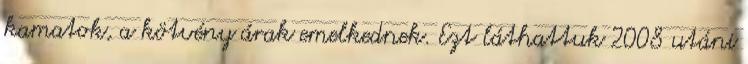
kamatok, a kötvény árak emelkednek. Ezt láthattuk 2008 utáni